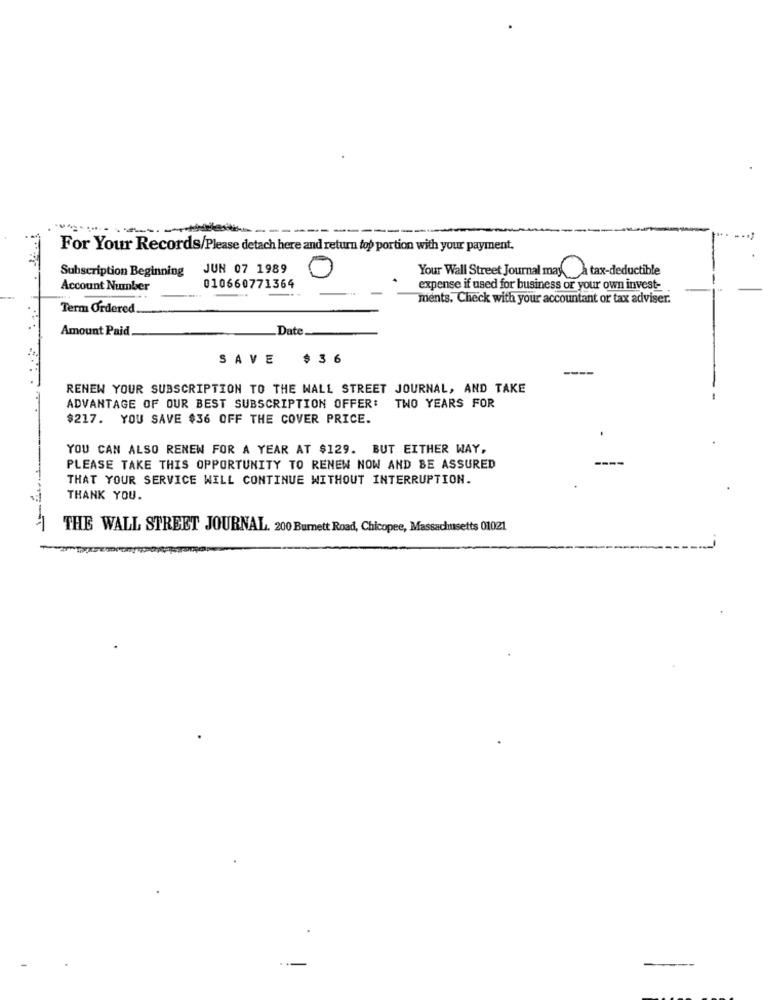
--
------------
For Your Records/Please detach here and return top portion with your payment.
Subscription Beginning
JUN 07 1989
Your Wall Street Journal may a tax-deductible
Account Number
010660771364
expense if used for business or your own invest-
ments. Check with your accountant or tax adviser.
Term Ordered
Amount Paid
Date.
SAVE $36
---
RENEW YOUR SUBSCRIPTION TO THE WALL STREET JOURNAL, AND TAKE
ADVANTAGE OF OUR BEST SUBSCRIPTION OFFER: TWO YEARS FOR
$217. YOU SAVE $36 OFF THE COVER PRICE.
YOU CAN ALSO RENEW FOR A YEAR AT $129. BUT EITHER WAY,
----
PLEASE TAKE THIS OPPORTUNITY TO RENEW NOW AND BE ASSURED
THAT YOUR SERVICE WILL CONTINUE WITHOUT INTERRUPTION.
THANK YOU.
THE WALL STREET JOURNAL. 200 Burnett Road, Chicopee, Massachusetts 01021